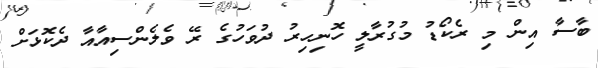
ބާސާ އިން މި ރެކޯޑު މުގުރާލީ ހޮނިހިރު ދުވަހުގެ ރޭ ވެލެންސިއާއާ ދެކޮޅަށް